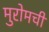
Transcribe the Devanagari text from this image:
मुरोमची